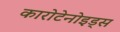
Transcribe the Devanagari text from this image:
कारोटेनोइड्स